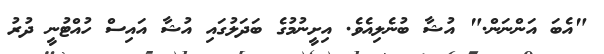
"އެބަ އަންނަން." އުޝާ ބުނެލިއެވެ. އިށީނުމުގެ ބަދަލުގައި އުޝާ އައިސް ހުއްޓުނީ ދުރު